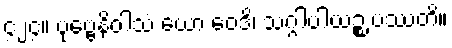
၄၂၄။ ပုဗ္ဗေနိဝါသံ ယော ဝေဒိ၊ သဂ္ဂါပါယဉ္စ ပဿတိ။